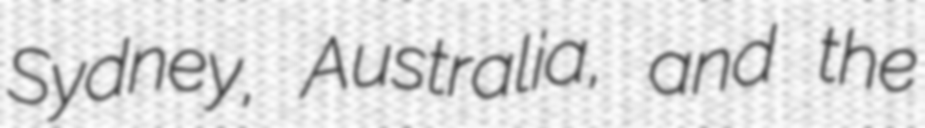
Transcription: Sydney, Australia, and the